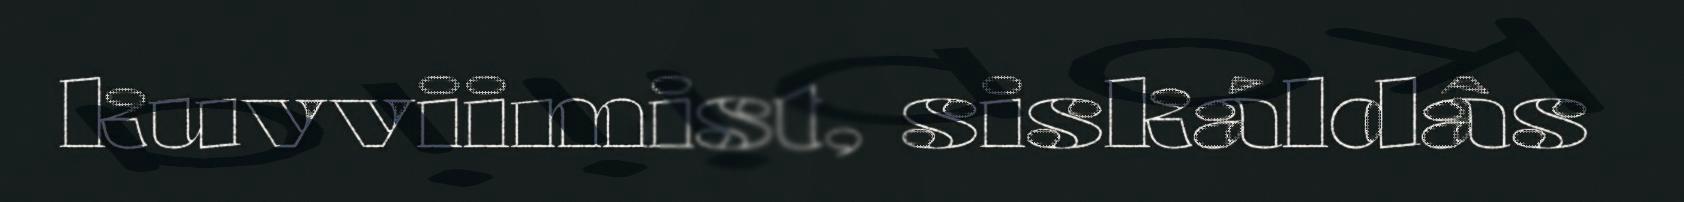
kuvviimist, siskáldâs